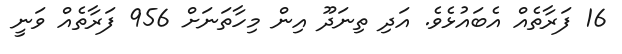
16 ފަރާތެއް އެބައުޅެވެ. އަދި ތިނަދޫ އިން މިހާތަނަށް 956 ފަރާތެއް ވަނީ